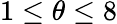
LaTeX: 1\leq\theta\leq 8